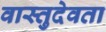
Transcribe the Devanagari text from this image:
वास्तुदेवता